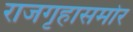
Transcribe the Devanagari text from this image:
राजगृहासमोर